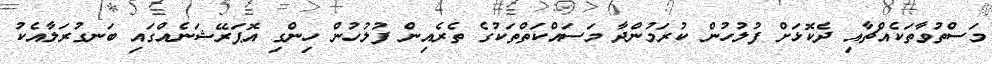
މަސްތުވާތަކެއްޗާއި ދެކޮޅަށް ފުލުހުން ކުރަމުންދާ މަސައްކަތްތަކުގެ ތެރެއިން ފުލުހުން ހިންގި އޮޕަރޭޝަނެއްގައި ބަނގުރަލާއެކު